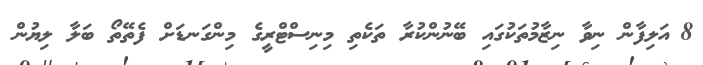
8	އަލިފާން ނިވާ ނިޒާމުތަކުގައި ބޭނުންކުރާ ތަކެތި މިނިސްޓްރީގެ މިންގަނޑަށް ފެތޭތޯ ބަލާ ލިޔުން